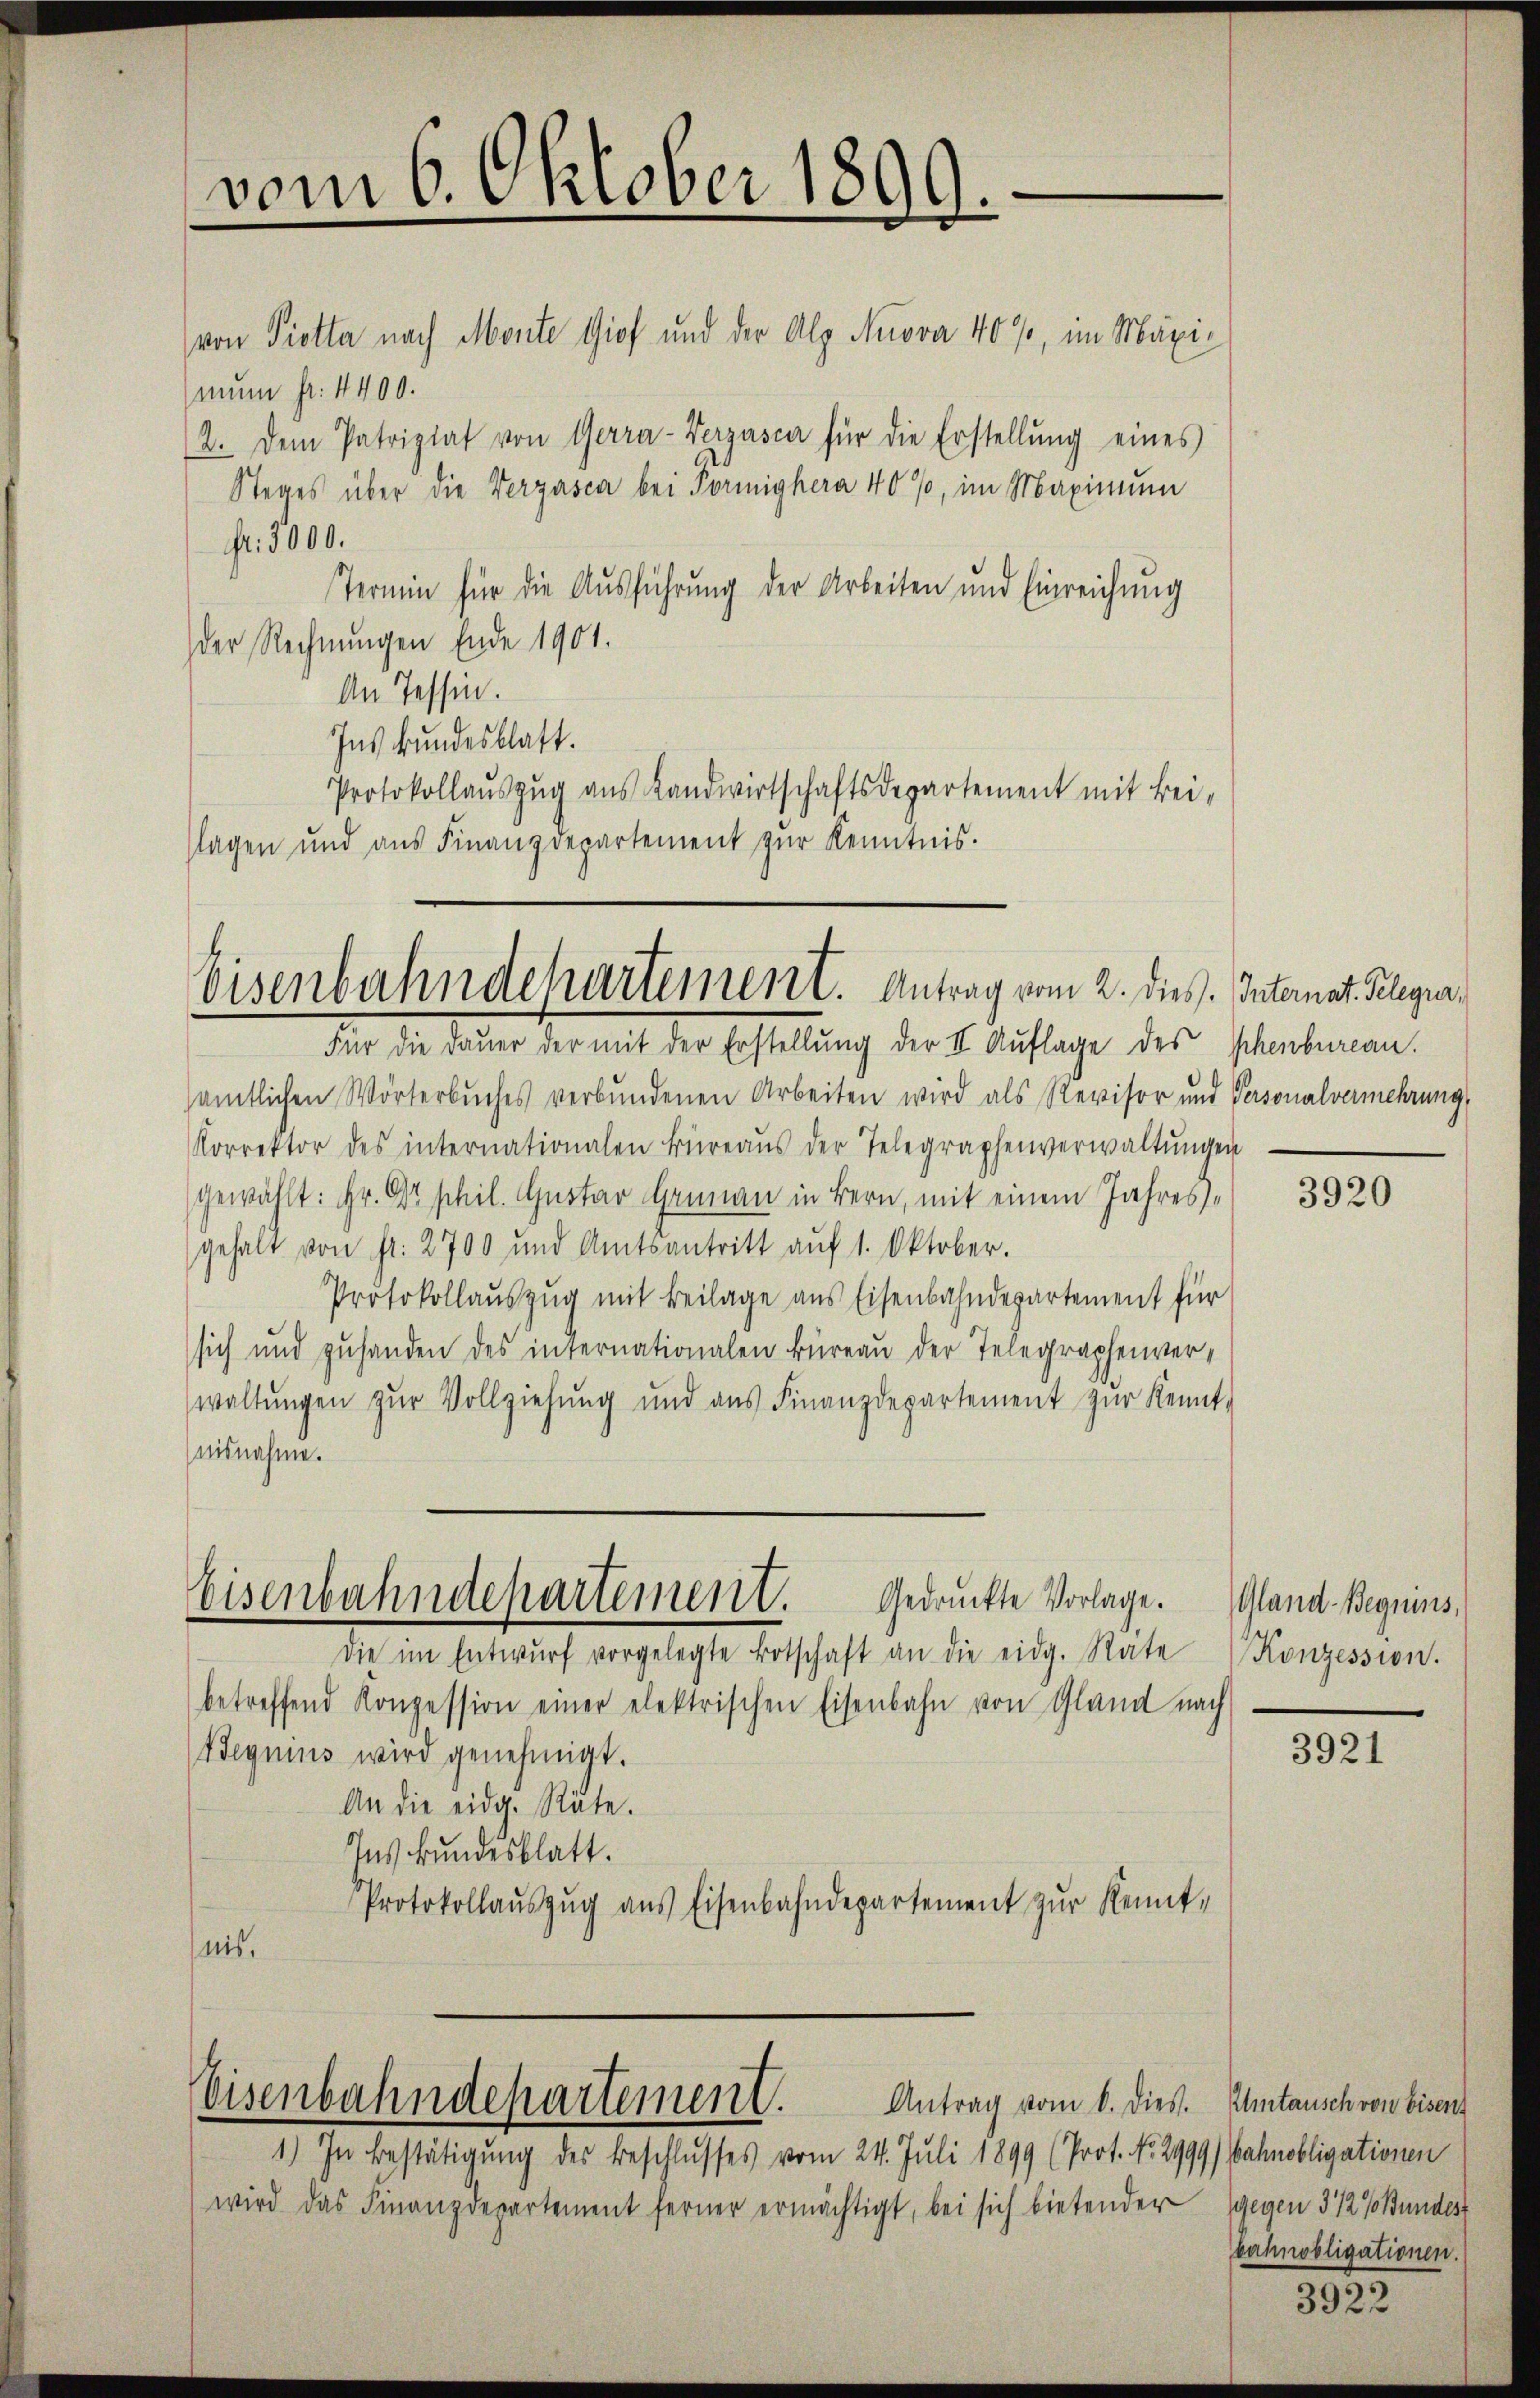
vom 6. Oktober 1890.

von Piotta nach Monte Giof und der Alp Nuova 40%, im Maxinun fr. 1400.
2. Dem Patriziat von Gerra-Vergasca für die Erstellŭng eines
Stages über die Verzasca bei Formighera 40%, im Maximum
Fr. 5000.
Termin für die Ausführung der Arbeiten und Einreichung
der Rechnungen Ende 1901.
An Tessin.
Ins Bundesblatt.
Protokollaŭszŭg aŭs Landwirtschaftsdepartement mit Bei-
lagen und aus Finanzdepartement zŭr Kenntnis.

Eisenbahndchartement. Antrag vom 2. dies. Internat. Gelegra

Eisenbahndepartement.

Für die Daŭer der mit der Erstellŭng der II. Auflage des Schenbureau.
sämtlichen Wörterbuches verbundenen Arbeiten wird als Revisor und Personalvermehrung,
Korrektor des internationalen Büreaŭs der Telegraphenverwaltŭngen
gewählt: Hr. Dr. phil. Gustav Grünau in Bern, mit einem Jahresgehalt von fr. 2700 und Amtsantritt aŭf 1. Oktober.
Protokollauszug mit Beilage aus Eisenbahndepartement für
sich und zuhanden des internationalen Büreau der Telegraphenverwaltŭngen zŭr Vollziehŭng und aŭs Finanzdepartement zŭr Kennt-
nisnahme.
Eisenbahndepartement. Gedruckte Vorlage. Gland Begnius,
Die im Entwŭrf vorgelegte Botschaft an die eidg. Rate Konzession.
betreffend Konzession einer elektrischen Eisenbahn von Gland nach
Begnius wird genehmigt.
An die eidg. Räte.
Ins kundesblatt.
Protokollauszug aus Eisenbahndepartement zur Kenntnis.

1.) In Bestätigung des Beschlusses vom 24. Juli 1899 (Prot. No. 2999) bahnobligationen
wird das Finanzdepartement ferner ermächtigt, bei sich bietender gegen 312 (Bundes

Antrag vom 6. dies. Umtausch von Eisent

3920

3921

bahnobligationen.

3922